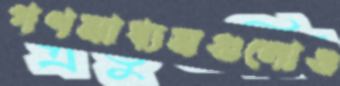
গণমাধ্যমগুলোও